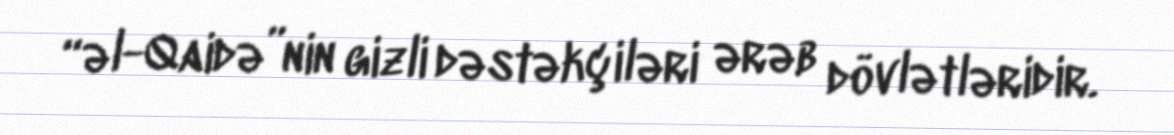
“əl-Qaidə”nin gizli dəstəkçiləri ərəb dövlətləridir.